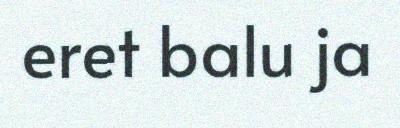
eret balu ja